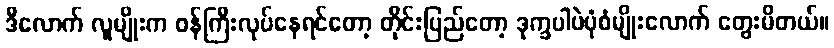
ဒီလောက် လူမျိုးက ဝန်ကြီးလုပ်နေရင်တော့ တိုင်းပြည်တော့ ဒုက္ခပါပဲပုံစံမျိုးလောက် တွေးမိတယ်။